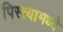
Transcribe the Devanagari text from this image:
पिस्त्यामध्ये